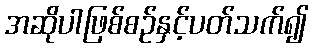
အဆိုပါဖြစ်စဉ်နှင့်ပတ်သက်၍